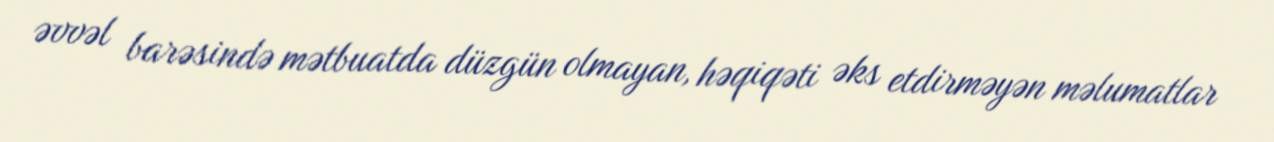
əvvəl barəsində mətbuatda düzgün olmayan, həqiqəti əks etdirməyən məlumatlar